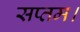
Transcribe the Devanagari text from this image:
सप्तम।